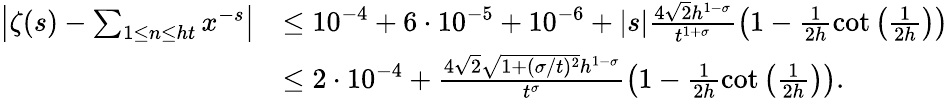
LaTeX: \begin{array}{rl}{\left|\zeta(s)-\sum_{1\le n\le ht}x^{-s}\right|}&{\le 10^{-4}+6\cdot 10^{-5}+10^{-6}+|s|\frac{4\sqrt{2}h^{1-\sigma}}{t^{1+\sigma}}\left(1-\frac{1}{2h}\cot\left(\frac{1}{2h}\right)\right)}\\ &{\le 2\cdot 10^{-4}+\frac{4\sqrt{2}\sqrt{1+(\sigma/t)^{2}}h^{1-\sigma}}{t^{\sigma}}\left(1-\frac{1}{2h}\cot\left(\frac{1}{2h}\right)\right).}\end{array}